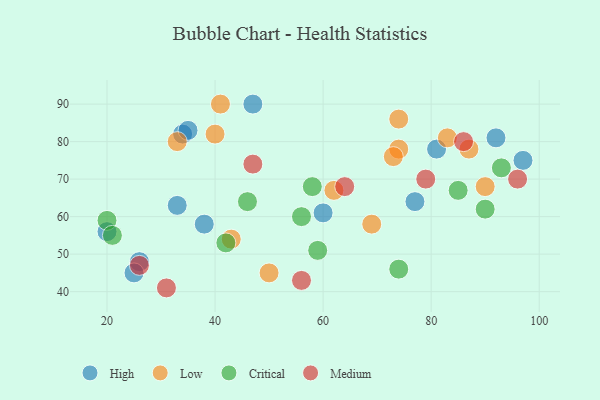
{"axis": {"x": "GDP", "y": "Life Expectancy"}, "legend": ["Critical", "High", "Low", "Medium"], "data": [{"x": "47", "y": 90, "type": "High"}, {"x": "34", "y": 82, "type": "High"}, {"x": "35", "y": 83, "type": "High"}, {"x": "26", "y": 48, "type": "High"}, {"x": "92", "y": 81, "type": "High"}, {"x": "20", "y": 56, "type": "High"}, {"x": "25", "y": 45, "type": "High"}, {"x": "38", "y": 58, "type": "High"}, {"x": "60", "y": 61, "type": "High"}, {"x": "77", "y": 64, "type": "High"}, {"x": "33", "y": 63, "type": "High"}, {"x": "97", "y": 75, "type": "High"}, {"x": "81", "y": 78, "type": "High"}, {"x": "90", "y": 68, "type": "Low"}, {"x": "50", "y": 45, "type": "Low"}, {"x": "74", "y": 86, "type": "Low"}, {"x": "41", "y": 90, "type": "Low"}, {"x": "87", "y": 78, "type": "Low"}, {"x": "43", "y": 54, "type": "Low"}, {"x": "74", "y": 78, "type": "Low"}, {"x": "62", "y": 67, "type": "Low"}, {"x": "69", "y": 58, "type": "Low"}, {"x": "40", "y": 82, "type": "Low"}, {"x": "33", "y": 80, "type": "Low"}, {"x": "83", "y": 81, "type": "Low"}, {"x": "73", "y": 76, "type": "Low"}, {"x": "58", "y": 68, "type": "Critical"}, {"x": "59", "y": 51, "type": "Critical"}, {"x": "56", "y": 60, "type": "Critical"}, {"x": "46", "y": 64, "type": "Critical"}, {"x": "90", "y": 62, "type": "Critical"}, {"x": "74", "y": 46, "type": "Critical"}, {"x": "20", "y": 59, "type": "Critical"}, {"x": "93", "y": 73, "type": "Critical"}, {"x": "21", "y": 55, "type": "Critical"}, {"x": "42", "y": 53, "type": "Critical"}, {"x": "85", "y": 67, "type": "Critical"}, {"x": "96", "y": 70, "type": "Medium"}, {"x": "47", "y": 74, "type": "Medium"}, {"x": "86", "y": 80, "type": "Medium"}, {"x": "31", "y": 41, "type": "Medium"}, {"x": "26", "y": 47, "type": "Medium"}, {"x": "56", "y": 43, "type": "Medium"}, {"x": "64", "y": 68, "type": "Medium"}, {"x": "79", "y": 70, "type": "Medium"}]}